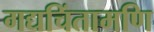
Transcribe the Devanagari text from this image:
गद्यचिंतामणि